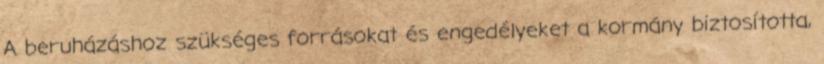
A beruházáshoz szükséges forrásokat és engedélyeket a kormány biztosította,